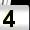
Digit: 4